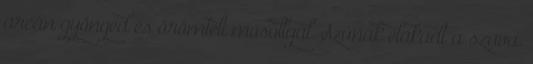
arcán gyöngéd és örömteli mosollyal. Szúnak elakadt a szava.